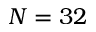
N = 3 2